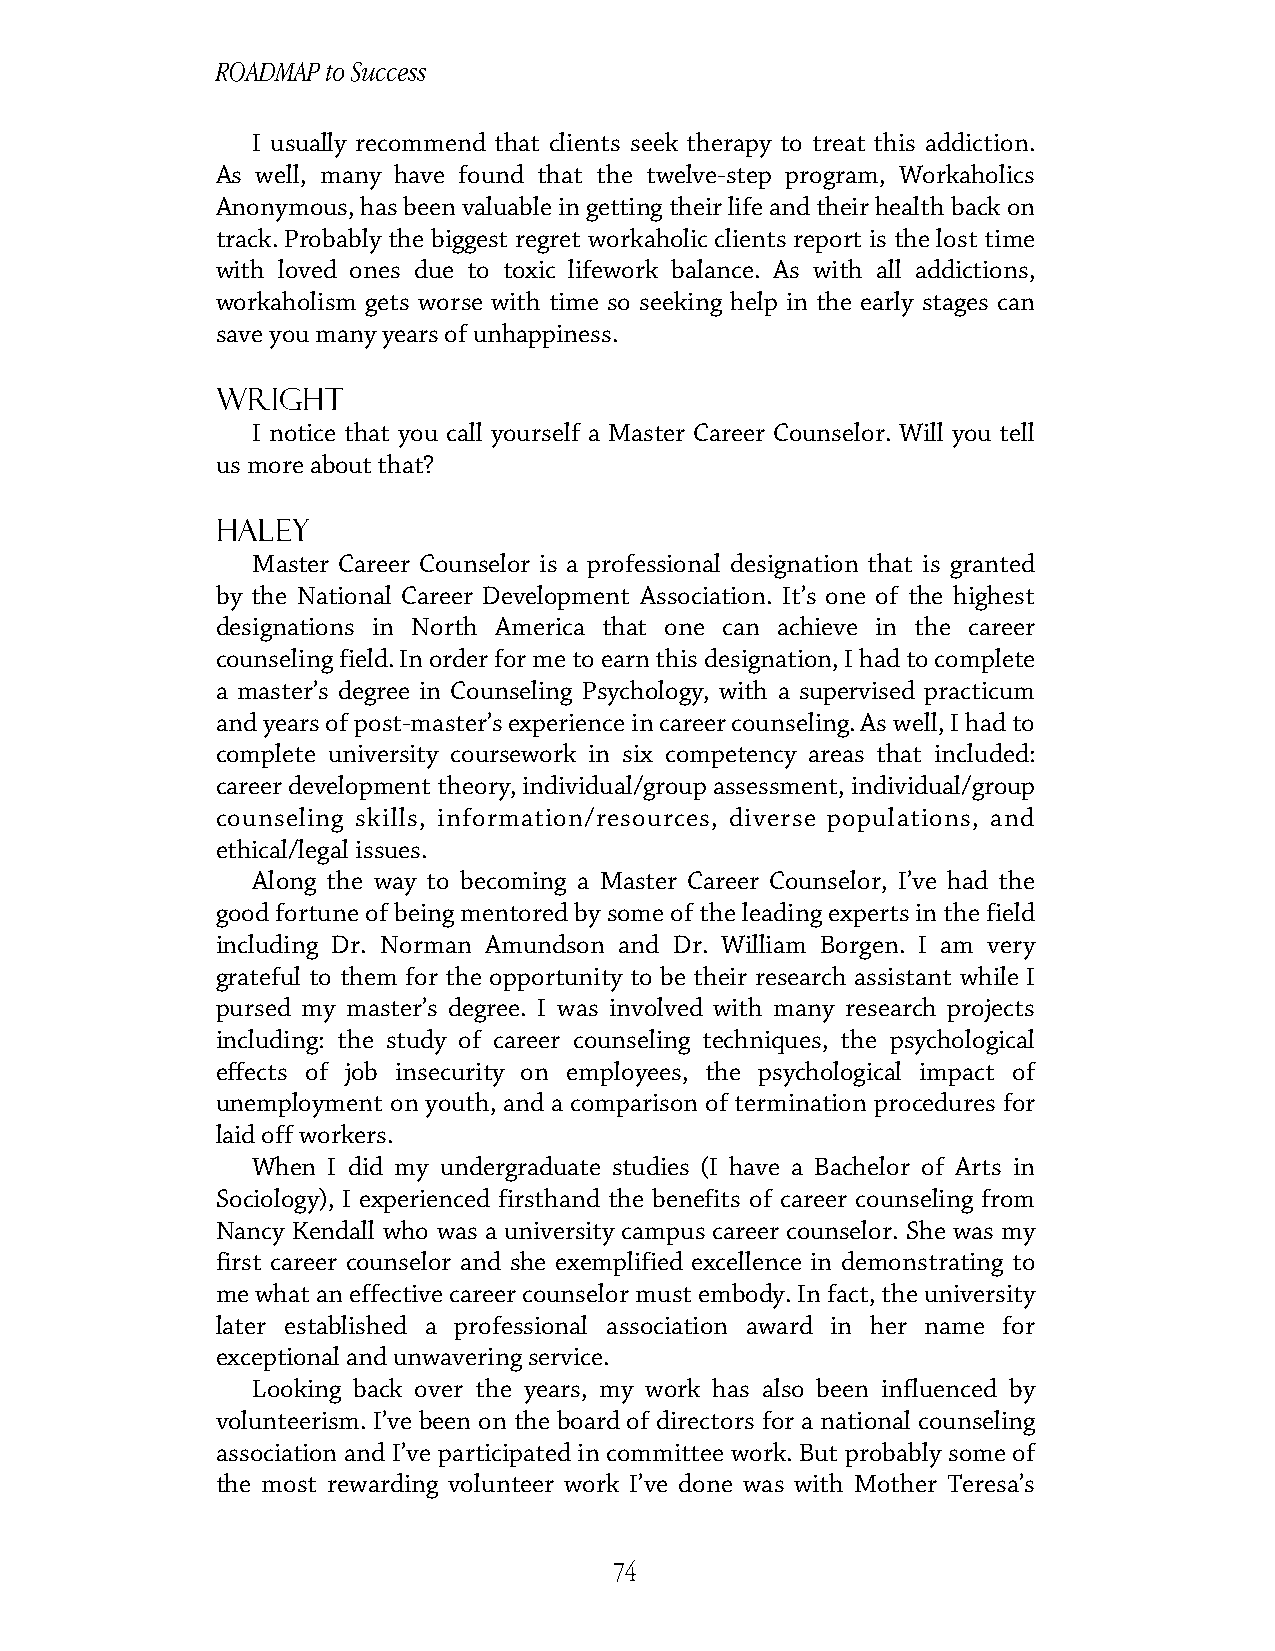
ROADMAP to Success
 I usually recommend that clients seek therapy to treat this addiction.
 As well, many have found that the twelve-step program, Workaholics
 Anonymous, has been valuable in getting their life and their health back on
 track. Probably the biggest regret workaholic clients report is the lost time
 with loved ones due to toxic lifework balance. As with all addictions,
 workaholism gets worse with time so seeking help in the early stages can
 save you many years of unhappiness.
 Wright
 I notice that you call yourself a Master Career Counselor. Will you tell
 us more about that?
 Haley
 Master Career Counselor is a professional designation that is granted
 by the National Career Development Association. It’s one of the highest
 designations in North America that one can achieve in the career
 counseling field. In order for me to earn this designation, I had to complete
 a master’s degree in Counseling Psychology, with a supervised practicum
 and years of post-master’s experience in career counseling. As well, I had to
 complete university coursework in six competency areas that included:
 career development theory, individual/group assessment, individual/group
 counseling skills, information/resources, diverse populations, and
 ethical/legal issues.
 Along the way to becoming a Master Career Counselor, I’ve had the
 good fortune of being mentored by some of the leading experts in the field
 including Dr. Norman Amundson and Dr. William Borgen. I am very
 grateful to them for the opportunity to be their research assistant while I
 pursed my master’s degree. I was involved with many research projects
 including: the study of career counseling techniques, the psychological
 effects of job insecurity on employees, the psychological impact of
 unemployment on youth, and a comparison of termination procedures for
 laid off workers.
 When I did my undergraduate studies (I have a Bachelor of Arts in
 Sociology), I experienced firsthand the benefits of career counseling from
 Nancy Kendall who was a university campus career counselor. She was my
 first career counselor and she exemplified excellence in demonstrating to
 me what an effective career counselor must embody. In fact, the university
 later established a professional association award in her name for
 exceptional and unwavering service.
 Looking back over the years, my work has also been influenced by
 volunteerism. I’ve been on the board of directors for a national counseling
 association and I’ve participated in committee work. But probably some of
 the most rewarding volunteer work I’ve done was with Mother Teresa’s
 74